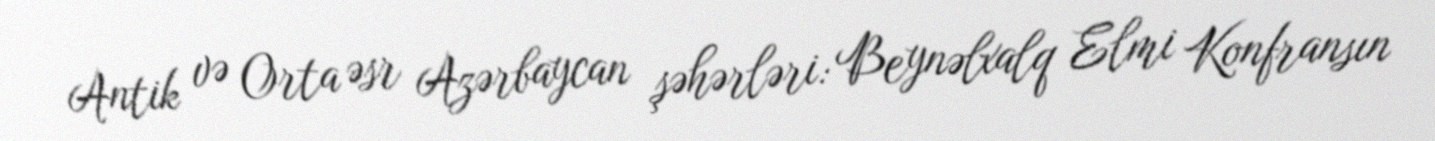
Antik və Orta əsr Azərbaycan şəhərləri: Beynəlxalq Elmi Konfransın